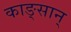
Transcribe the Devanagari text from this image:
काङ्सान्